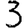
Digit: 3